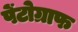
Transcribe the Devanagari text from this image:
पेंटोग्राफ